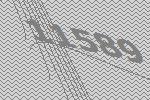
11589